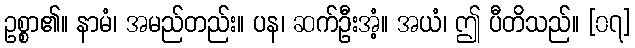
ဥစ္စာ၏။ နာမံ၊ အမည်တည်း။ ပန၊ ဆက်ဦးအံ့။ အယံ၊ ဤ ပီတိသည်။ [၀၇]